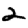
Digit: 2